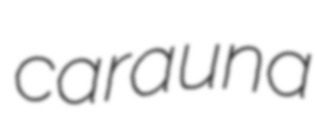
carauna